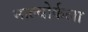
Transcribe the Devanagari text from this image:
माल्बोर्कला